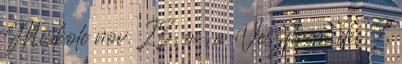
Miskolc nov. 23, o , a Veszprém dec. 7,